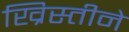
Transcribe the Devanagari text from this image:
ख्रिस्तीने